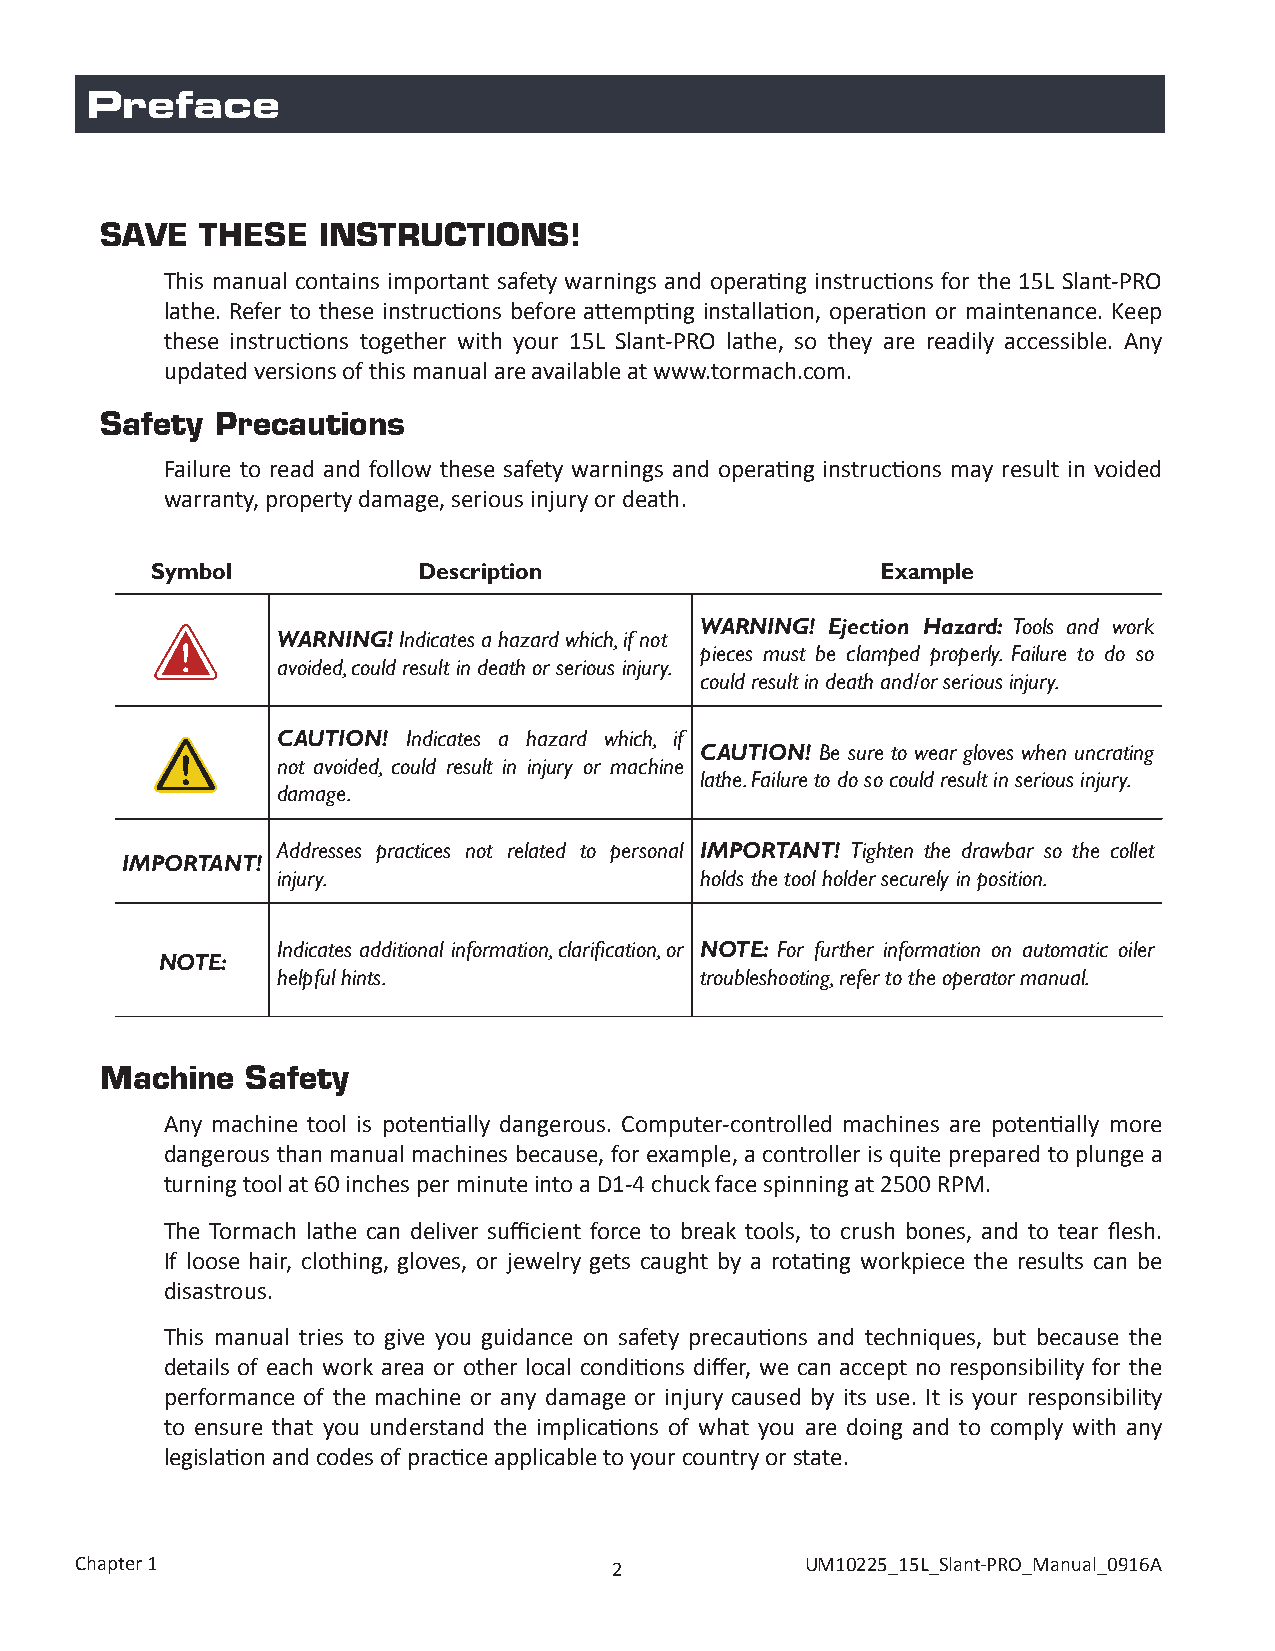
Preface
 SAVE  THESE   INSTRUCTIONS!
 This manual contains important safety warnings and operating instructions for the 15L Slant-PRO
 lathe. Refer to these instructions before attempting installation, operation or maintenance. Keep
 these instructions together with your 15L Slant-PRO lathe, so they are readily accessible. Any
 updated versions of this manual are available at www.tormach.com.
 Safety Precautions
 Failure to read and follow these safety warnings and operating instructions may result in voided
 warranty, property damage, serious injury or death.
 Symbol            Description                   Example
 WARNING! Ejection Hazard: Tools and work
 WARNING! Indicates a hazard which, if not
 pieces must be clamped properly. Failure to do so
 avoided, could result in death or serious injury.
 could result in death and/or serious injury.
 CAUTION! Indicates a hazard which, if
 CAUTION! Be sure to wear gloves when uncrating
 not avoided, could result in injury or machine
 lathe. Failure to do so could result in serious injury.
 damage.
 Addresses practices not related to personal IMPORTANT! Tighten the drawbar so the collet
 IMPORTANT!
 injury.                     holds the tool holder securely in position.
 Indicates additional information, clarification, or NOTE: For further information on automatic oiler
 NOTE:
 helpful hints.              troubleshooting, refer to the operator manual.
 Machine  Safety
 Any machine tool is potentially dangerous. Computer-controlled machines are potentially more
 dangerous than manual machines because, for example, a controller is quite prepared to plunge a
 turning tool at 60 inches per minute into a D1-4 chuck face spinning at 2500 RPM.
 The Tormach lathe can deliver sufficient force to break tools, to crush bones, and to tear flesh.
 If loose hair, clothing, gloves, or jewelry gets caught by a rotating workpiece the results can be
 disastrous.
 This manual tries to give you guidance on safety precautions and techniques, but because the
 details of each work area or other local conditions differ, we can accept no responsibility for the
 performance of the machine or any damage or injury caused by its use. It is your responsibility
 to ensure that you understand the implications of what you are doing and to comply with any
 legislation and codes of practice applicable to your country or state.
 Chapter 1                           2           UM10225_15L_Slant-PRO_Manual_0916A